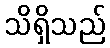
သိရှိသည်